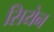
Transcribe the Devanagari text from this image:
सियेन